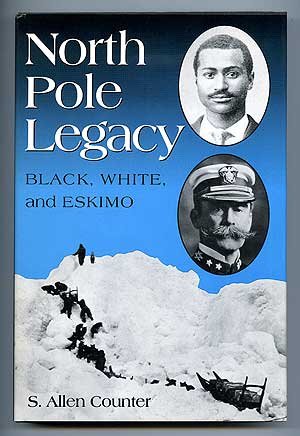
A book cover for North Pole Legacy: Black, White and Eskimo; S. Allen Counter; History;